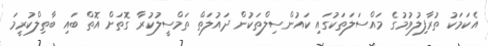
އެކަމަކު ތުރާފިލުވުމުގެ މައްސަލަތަކުގައި ކައުންސިލްތަކުން ދައުލަތް ތަމްސީލުކުރާ ގޮތަށް އޮތް ބައި ބާތިލްކުރީމަ